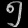
Digit: ၅